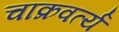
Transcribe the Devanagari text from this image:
चाक्रवर्त्य